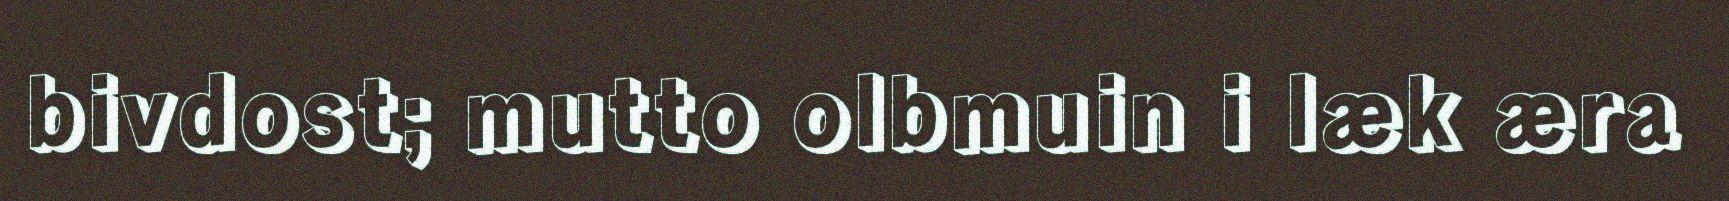
bivdost; mutto olbmuin i læk æra